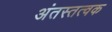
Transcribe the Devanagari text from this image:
अंतस्तत्वक